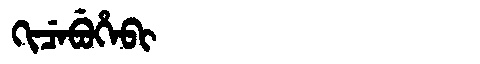
Manchu: ᡴᡳᠴᡝᠪᡠᡥᡝᠪᡳ
Romanization: KICEBUHEBI